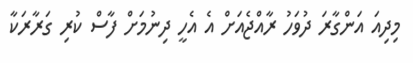
މިދިއަ އަންގާރަ ދުވަހު ރާއްޖެއަށް އެ އެހީ ދިނުމަށް ފާސް ކުރި ގަރާރަކާ